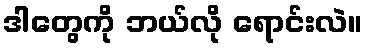
ဒါတွေကို ဘယ်လို ရောင်းလဲ။